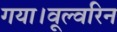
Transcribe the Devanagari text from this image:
गया।वूल्वरिन